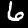
Digit: 6